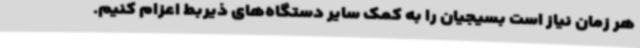
هر زمان نیاز است بسیجیان را به کمک سایر دستگاه‌های ذیربط اعزام کنیم.